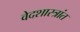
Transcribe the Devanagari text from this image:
वेदशास्त्रांत